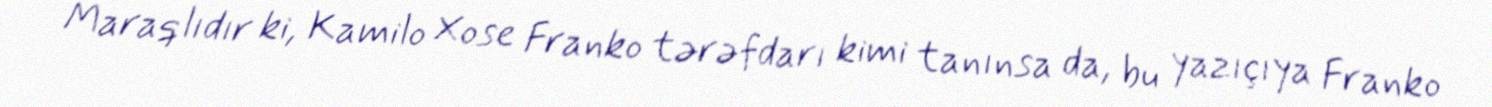
Maraqlıdır ki, Kamilo Xose Franko tərəfdarı kimi tanınsa da, bu yazıçıya Franko